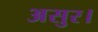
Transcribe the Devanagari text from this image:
असुर।